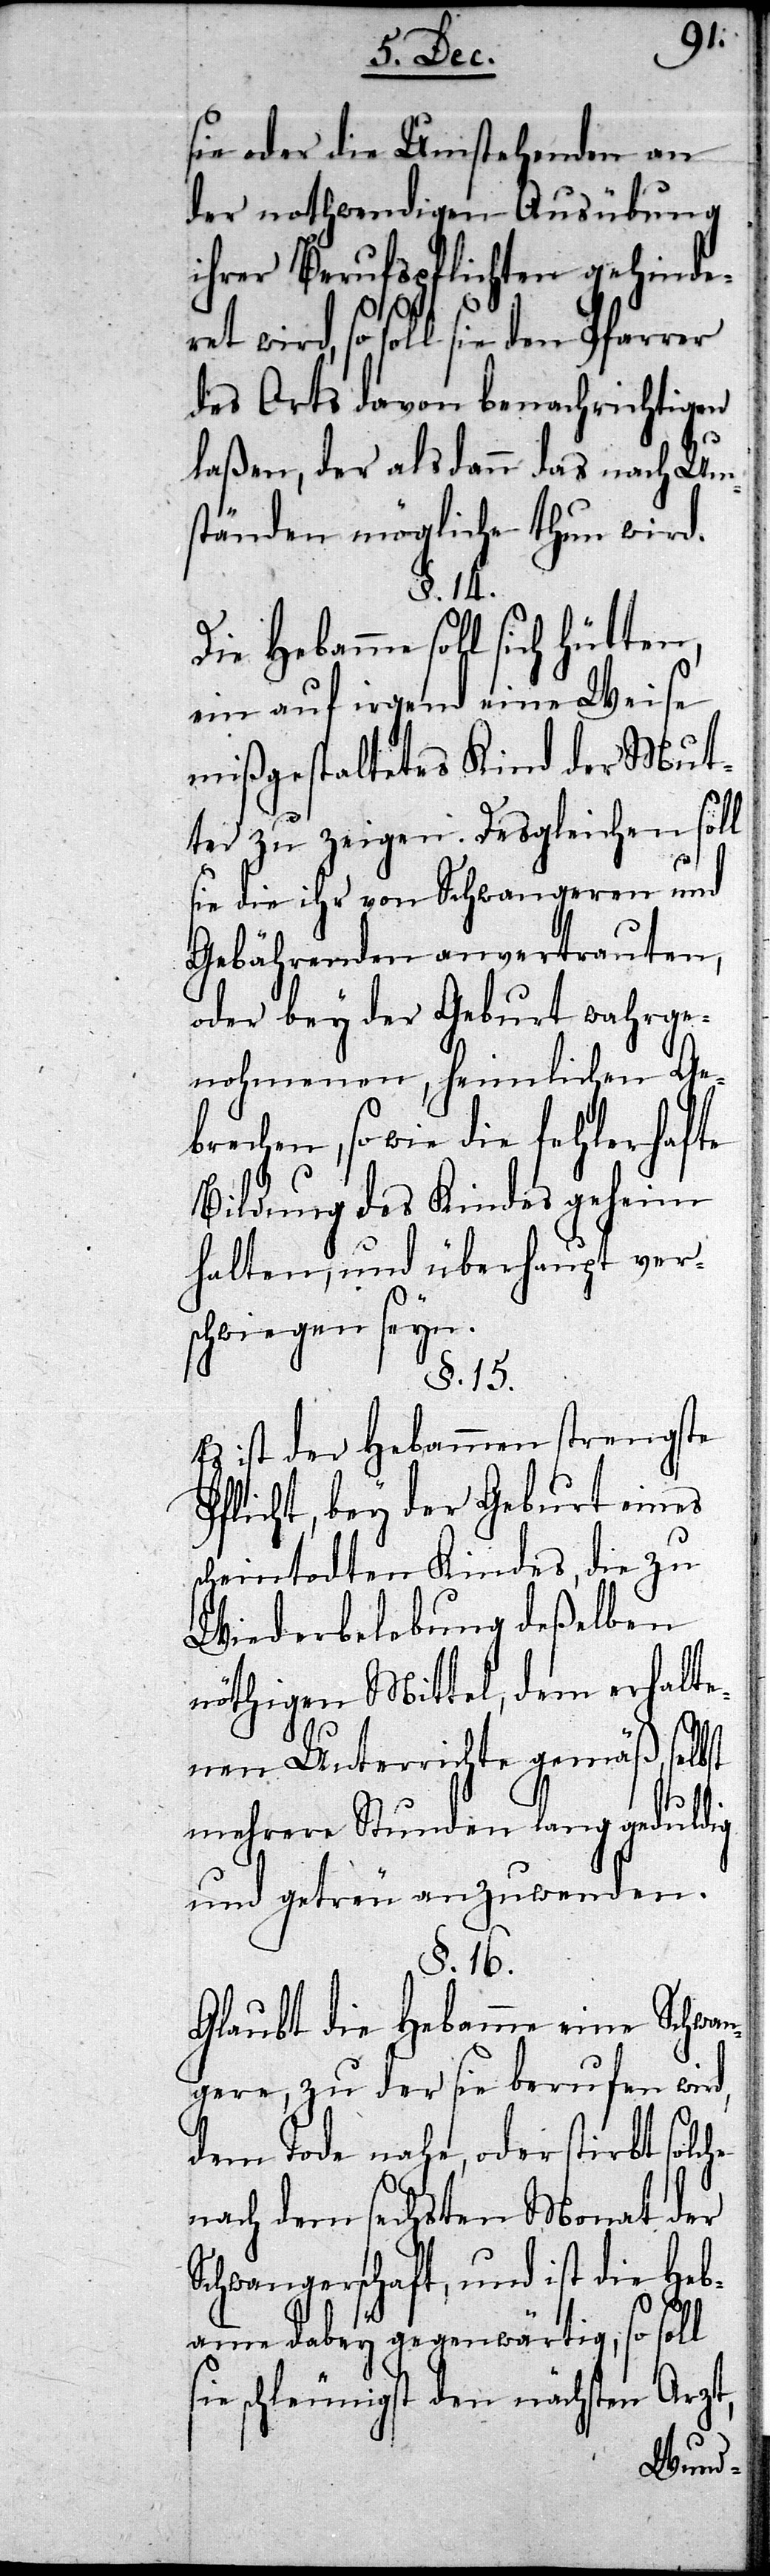
sie oder die Umstehenden
der nothwendigen Ausübung
ihrer Berufspflichten gehin¬
s¬
deret wird, so soll sie den Pfarrer
des Orts davon benachrichtigen
laßen, der alsdann das nach Um¬
ständen mögliche thun wird.
Die Hebamme soll
ein auf irgend eine Wei¬
mißgestaltetes Kind der Mut¬
ter zu zeigen. Desgleichen sol¬
sie die ihr von Schwangeren und
Gebährenden anvertrauten,
oder bey der Geburt wahrge¬
nohmenen, heimlichen Ge¬
brechen, so wie die fehlerhafte
Bildung des Kindes geheim¬
halten, und überhaupt ver¬
schwiegen seyn.
§. 15.
Es ist der Hebamme strengste
Pflicht, bey der Geburt eines
cheintodten Kindes, die zu
Wiederbelebung deßelben
nöthigen Mittel, dem erhalt¬
enen Unterrichte gemäß, sel¬
mehrere Stunden lang geduldig
und getreu anzuwenden.
§. 16.
Glaubt die Hebamme eine Schwan¬
gere, zu der sie berufen wird,
dem Tode nahe, oder stirbt solc¬
l
nach dem sechsten Monat der
Schwangerschaft, und ist die Heb¬
amme dabey gegenwärtig, so sol¬
Arzt,
schleunigst den
se